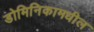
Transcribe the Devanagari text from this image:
डोमिनिकामधील